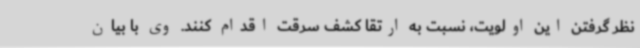
نظر گرفتن این اولویت، نسبت به ارتقا کشف سرقت اقدام کنند. وی با بیان